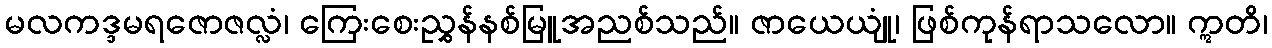
မလကဒ္ဒမရဇောဇလ္လံ၊ ကြေးစေးညွှန်နစ်မြူအညစ်သည်။ ဇာယေယျုံ၊ ဖြစ်ကုန်ရာသလော။ ဣတိ၊